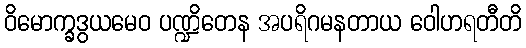
ဝိမောက္ခဒွယမေဝ ပဏ္ဍိတေန အပရိဂမနတာယ ဝေါဟရတီတိ